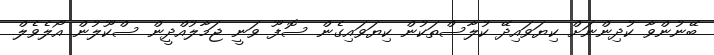
ބޭނުންވާ ކުދިންނަށް ކިޔަވައިދޭ ކުލާސްތަކުން ކިޔަވައިގެން ސޮފޫ ވަނީ ޖަމާލުއްދީން ސްކޫލުން އޯލެވެލް